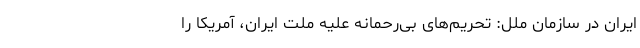
ایران در سازمان ملل: تحریم‌های بی‌رحمانه علیه ملت ایران، آمریکا را